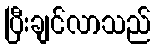
ပြီးချင်လာသည်